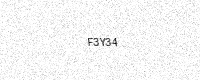
Text: F3Y34